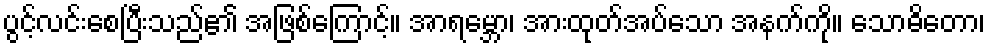
ပွင့်လင်းစေပြီးသည်၏ အဖြစ်ကြောင့်။ အာရမ္ဘော၊ အားထုတ်အပ်သော အနက်ကို။ သောဓိတော၊